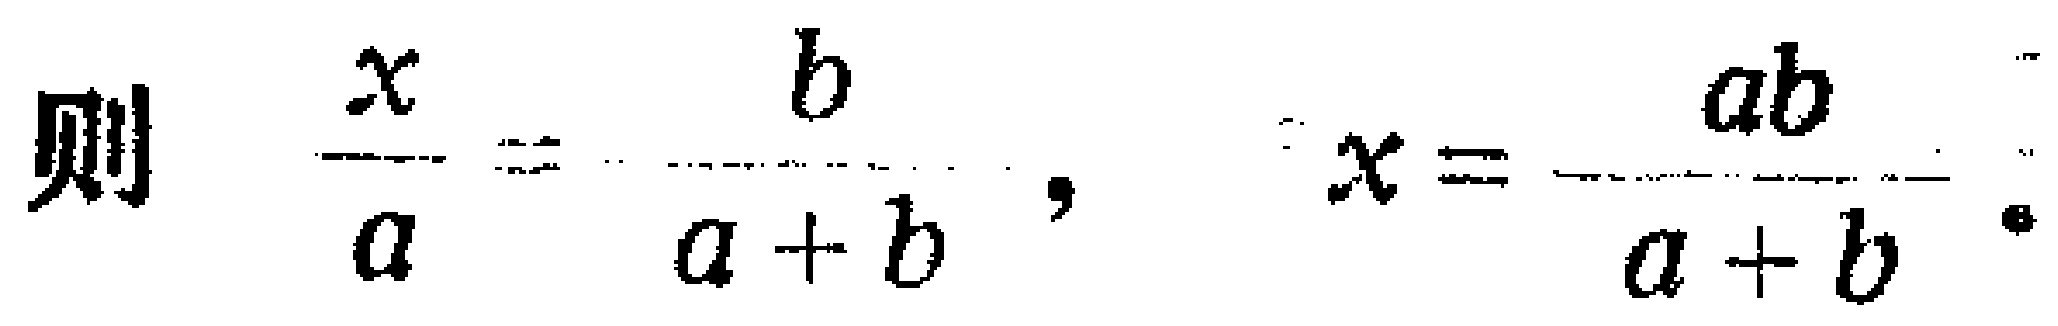
则 $\frac{x}{a}=\frac{b}{a + b}$，$x = \frac{ab}{a + b}$。